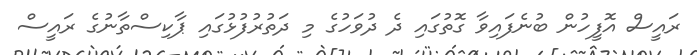
ރައީސް އޮފީހުން ބުނެފައިވާ ގޮތުގައި ދެ ދުވަހުގެ މި ދަތުރުފުޅުގައި ޕާކިސްތާނުގެ ރައީސް